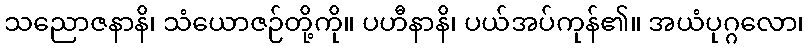
သညောဇနာနိ၊ သံယောဇဉ်တို့ကို။ ပဟီနာနိ၊ ပယ်အပ်ကုန်၏။ အယံပုဂ္ဂလော၊